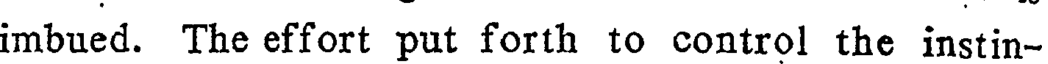
imbued. The effort put forth to control the instin-